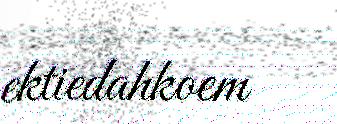
ektiedahkoem